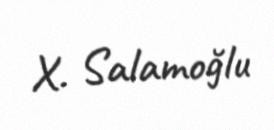
X. Salamoğlu